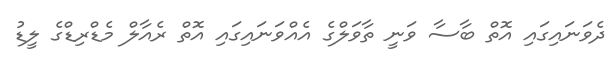
ދެވަނައިގައި އޮތް ބާސާ ވަނީ ތާވަލްގެ އެއްވަނައިގައި އޮތް ރެއާލް މެޑްރިޑްގެ ލީޑު